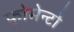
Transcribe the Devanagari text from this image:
फोमेन्टो